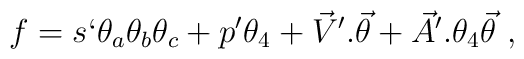
f = s` \theta_{a}\theta_{b}\theta_{c} + p'\theta_{4}  +{\vec{V}}'.{\vec{\theta}} + {\vec{A}}'.\theta_{4}{\vec{\theta}} \ ,